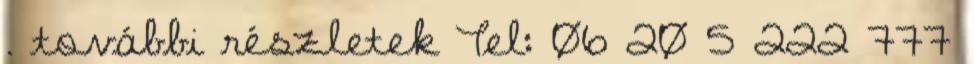
. további részletek Tel: 06 20 5 222 777